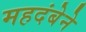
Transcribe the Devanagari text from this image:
महदंबेने